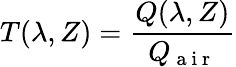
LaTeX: T(\lambda,Z)=\frac{Q(\lambda,Z)}{Q_{\mathrm{~a~i~r~}}}